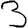
Digit: 3